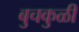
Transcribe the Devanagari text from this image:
बुचकुळी